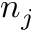
n _ { j }